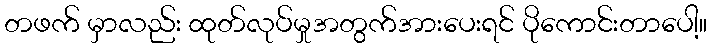
တဖက် မှာလည်း ထုတ်လုပ်မှုအတွက်အားပေးရင် ပိုကောင်းတာပေါ့။